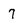
Character: 7